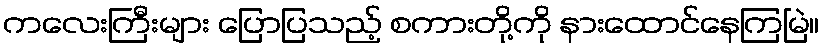
ကလေးကြီးများ ပြောပြသည့် စကားတို့ကို နားထောင်နေကြမြဲ။